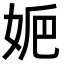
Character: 㛂